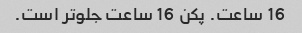
16 ساعت. پکن 16 ساعت جلوتر است.